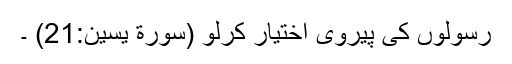
رسولوں کی پیروی اختیار کرلو (سورة یٰسین:21) ۔